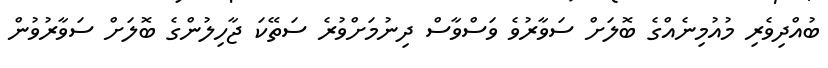
ބުއްދިވެރި މުއުމިނެއްގެ ބޮލަށް ސަވާރުވެ ވަސްވާސް ދިނުމަށްވުރެ ސަތޭކަ ޖާހިލުންގެ ބޮލަށް ސަވާރުވުން